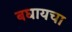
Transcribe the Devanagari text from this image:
बघायचा